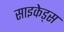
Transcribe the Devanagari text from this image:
साइकेड्स